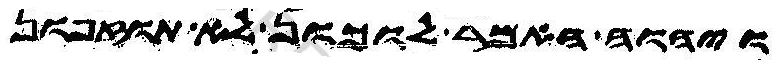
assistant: ויהוה האמר לוכון לא תוזפון